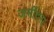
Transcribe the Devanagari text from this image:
जमींदरा